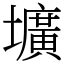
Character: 壙